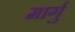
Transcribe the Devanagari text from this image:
मार्गु